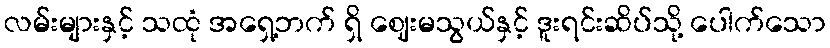
လမ်းများနှင့် သထုံ အရှေ့ဘက် ရှိ ဈေးမသွယ်နှင့် ဒူးရင်းဆိပ်သို့ ပေါက်သော